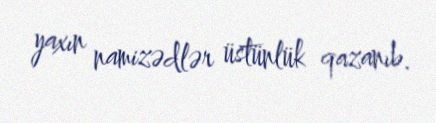
yaxın namizədlər üstünlük qazanıb.